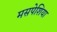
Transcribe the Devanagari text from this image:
मसपेशिया